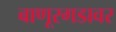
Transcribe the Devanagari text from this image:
बाणूरगडावर